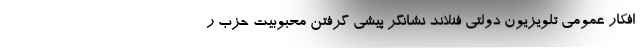
افکار عمومی تلویزیون دولتی فنلاند نشانگر پیشی گرفتن محبوبیت حزب ر